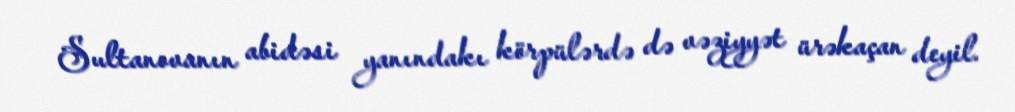
Sultanovanın abidəsi yanındakı körpülərdə də vəziyyət ürəkaçan deyil.